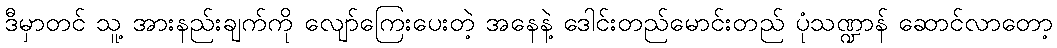
ဒီမှာတင် သူ့ အားနည်းချက်ကို လျော်ကြေးပေးတဲ့ အနေနဲ့ ဒေါင်းတည်မောင်းတည် ပုံသဏ္ဍာန် ဆောင်လာတော့